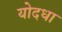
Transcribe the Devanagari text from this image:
योदधा